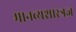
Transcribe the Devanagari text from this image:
मानव्यशास्त्रज्ञ